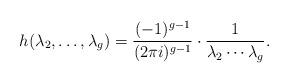
LaTeX: \begin{align*}h(\lambda_2, \dots, \lambda_g) = \frac{(-1)^{g-1}}{(2 \pi i)^{g-1}} \cdot \frac{1}{\lambda_2 \cdots \lambda_g}.\end{align*}